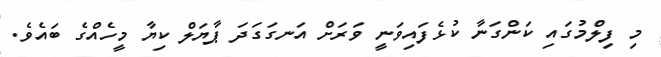
މި ފިލްމުގައި ކަންގަނާ ކުޅެފައިވަނީ ވަރަށް އަނގަގަދަ ޕާޔަލް ކިޔާ މީހެއްގެ ބައެވެ.